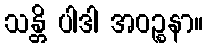
သန္တိ ပါဒါ အဝဉ္စနာ။